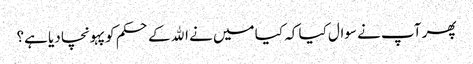
پھر آپ نے سوال کیا کہ کیا میں نے الله کے حکم کو پہونچا دیا ہے؟